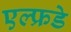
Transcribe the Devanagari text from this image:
एल्फ्रडे